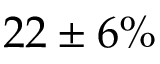
2 2 \pm 6 \%